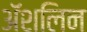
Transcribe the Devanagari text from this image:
अॅशलिन